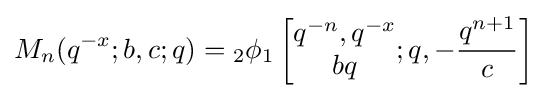
M_{n}(q^{-x};b,c;q)={}_{2}\phi _{1}\left[{\begin{matrix}q^{-n},q^{-x}\\bq\end{matrix}};q,-{\frac {q^{n+1}}{c}}\right]